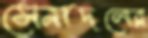
সেনাদলের